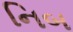
નિબ